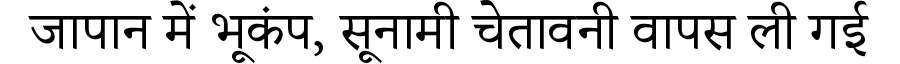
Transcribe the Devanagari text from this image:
जापान में भूकंप, सूनामी चेतावनी वापस ली गई